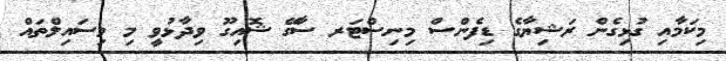
މިކަމާއި ގުޅިގެން ރަޝިޔާގެ ޑިފެންސް މިނިސްޓަރ ސާގޭ ޝޮއިގޫ ވިދާޅުވީ މި މިސައިލްތައް